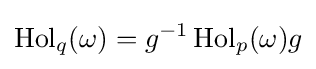
\operatorname {Hol} _{q}(\omega )=g^{-1}\operatorname {Hol} _{p}(\omega )g